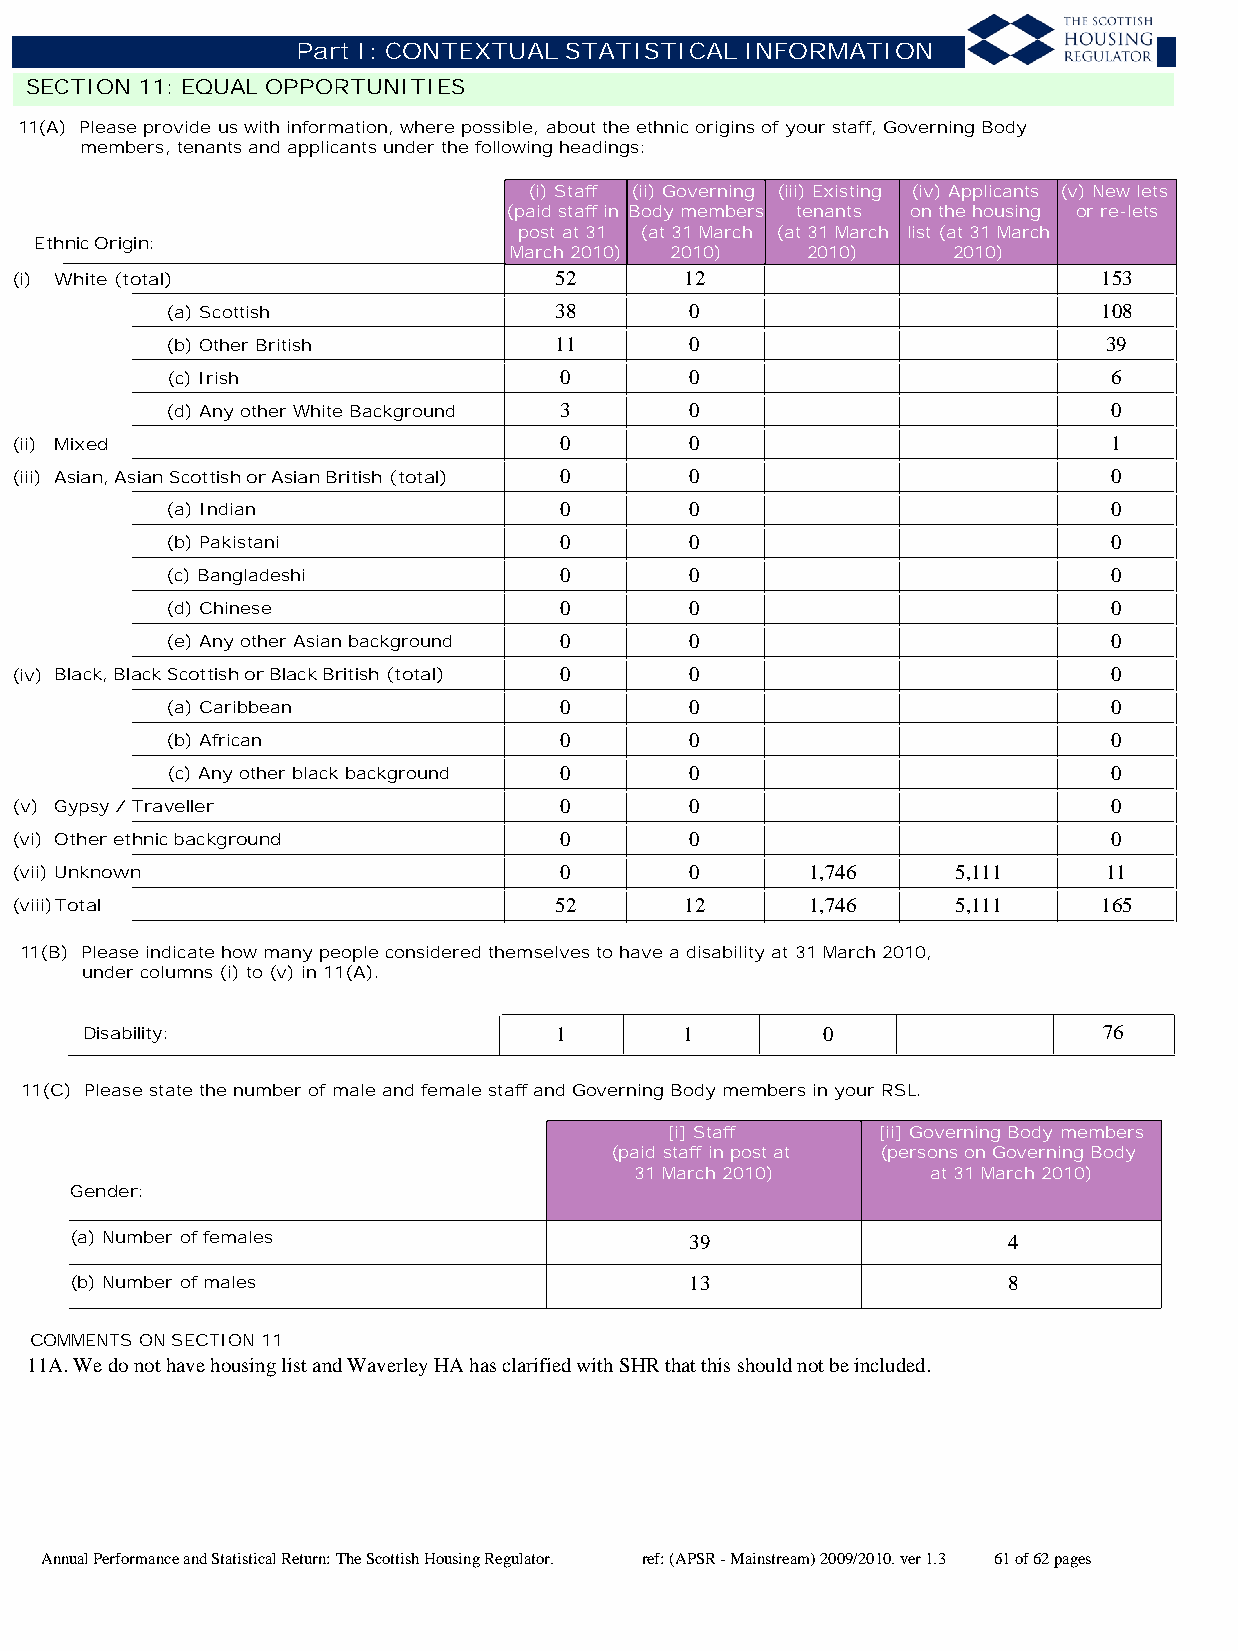
Part I: CONTEXTUAL STATISTICAL INFORMATION
 SECTION 11: EQUAL OPPORTUNITIES
 11(A) Please provide us with information, where possible, about the ethnic origins of your staff, Governing Body
 members, tenants and applicants under the following headings:
 (i) Staff (ii) Governing (iii) Existing (iv) Applicants (v) New lets
 (paid staff in Body members tenants on the housing or re-lets
 post at 31 (at 31 March (at 31 March list (at 31 March
 Ethnic Origin:
 March 2010) 2010)  2010)     2010)
 (i) White (total)                   52      12                          153
 (a) Scottish              38       0                          108
 (b) Other British         11       0                          39
 (c) Irish                 0        0                           6
 (d) Any other White Background 3   0                           0
 (ii) Mixed                          0        0                           1
 (iii) Asian, Asian Scottish or Asian British (total) 0 0                 0
 (a) Indian                0        0                           0
 (b) Pakistani             0        0                           0
 (c) Bangladeshi           0        0                           0
 (d) Chinese               0        0                           0
 (e) Any other Asian background 0   0                           0
 (iv) Black, Black Scottish or Black British (total) 0 0                  0
 (a) Caribbean             0        0                           0
 (b) African               0        0                           0
 (c) Any other black background 0   0                           0
 (v) Gypsy / Traveller               0        0                           0
 (vi) Other ethnic background        0        0                           0
 (vii) Unknown                       0        0       1,746    5,111     11
 (viii)Total                         52      12       1,746    5,111     165
 11(B) Please indicate how many people considered themselves to have a disability at 31 March 2010,
 under columns (i) to (v) in 11(A).
 Disability:                     1       1        0                  76
 11(C) Please state the number of male and female staff and Governing Body members in your RSL.
 [i] Staff     [ii] Governing Body members
 (paid staff in post at (persons on Governing Body
 31 March 2010)      at 31 March 2010)
 Gender:
 (a) Number of females                    39                   4
 (b) Number of males                      13                   8
 COMMENTS ON SECTION 11
 11A. We do not have housing list and Waverley HA has clarified with SHR that this should not be included.
 Annual Performance and Statistical Return: The Scottish Housing Regulator. ref: (APSR - Mainstream) 2009/2010. ver 1.3 61 of 62 pages